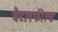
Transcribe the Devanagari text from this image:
बैटलफील्ड